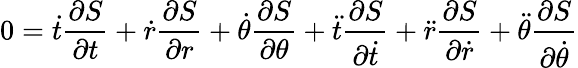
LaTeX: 0={\dot{t}}{\frac{\partial S}{\partial t}}+{\dot{r}}{\frac{\partial S}{\partial r}}+{\dot{\theta}}{\frac{\partial S}{\partial\theta}}+{\ddot{t}}{\frac{\partial S}{\partial{\dot{t}}}}+{\ddot{r}}{\frac{\partial S}{\partial{\dot{r}}}}+{\ddot{\theta}}{\frac{\partial S}{\partial{\dot{\theta}}}}